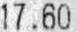
17.60